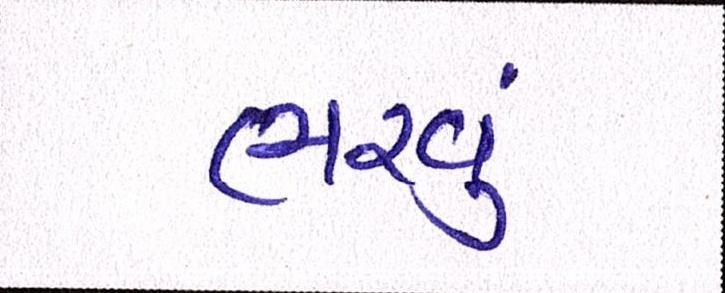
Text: ભરવું